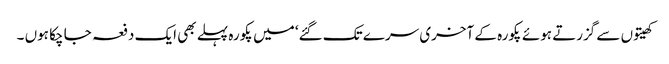
کھیتوں سے گزرتے ہوئے پکورہ کے آخری سرے تک گئے‘ میں پکورہ پہلے بھی ایک دفعہ جا چکا ہوں ۔